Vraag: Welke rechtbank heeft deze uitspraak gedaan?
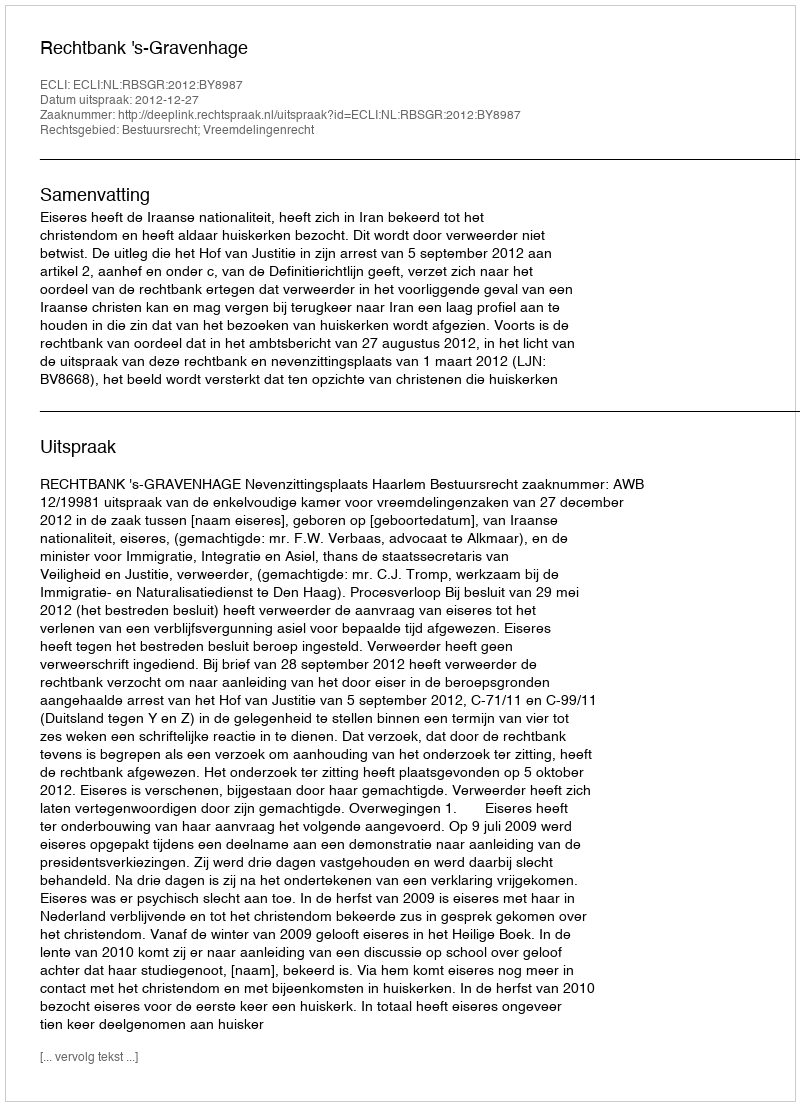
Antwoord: Rechtbank 's-Gravenhage